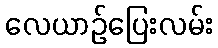
လေယာဉ်ပြေးလမ်း